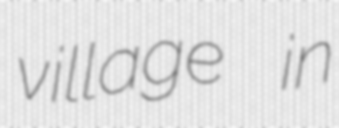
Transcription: village in